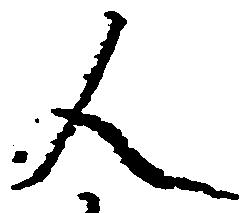
人